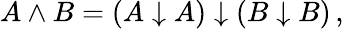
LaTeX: \begin{array}{r}{A\wedge B=(A\downarrow A)\downarrow(B\downarrow B)\, ,}\end{array}